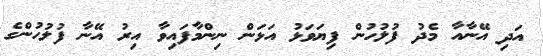
އަދި އޭނާއާ މެދު ފުލުހުން ފިޔަވަޅު އަޅަން ނިންމާފައިވާ އިރު އޭނާ ފުލުހުންގެ